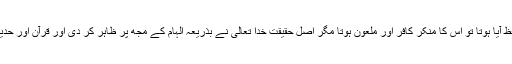
اگر قرآن اور حدیث میں جسم عنصری کا لفظ آیا ہوتا تو اس کا منکر کافر اور ملعون ہوتا مگر اصل حقیقت خدا تعالیٰ نے بذریعہ الہام کے مجھ پر ظاہر کر دی اور قرآن اور حدیث اور اجماعِ صحابہؓ اس کی تائید میں ہے۔